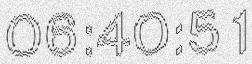
06:40:51